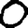
Digit: 0